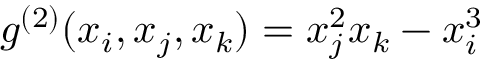
{ g } ^ { ( 2 ) } ( x _ { i } , x _ { j } , x _ { k } ) = x _ { j } ^ { 2 } x _ { k } - x _ { i } ^ { 3 }